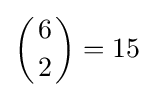
\left({6 \atop 2}\right)=15